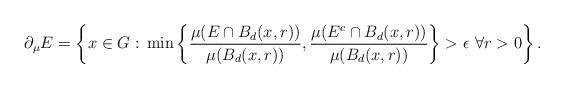
LaTeX: \begin{align*} \partial_\mu E = \left\{x\in G:\, \min\left\{\frac{\mu(E\cap B_d(x,r))}{\mu(B_d(x,r))}, \frac{\mu(E^c \cap B_d(x,r))}{\mu(B_d(x,r))}\right\} >\epsilon \, \,\forall r>0\right\}.\end{align*}